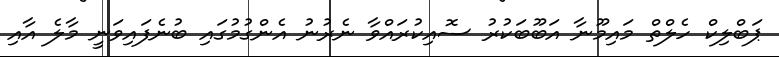
ޕަބްލިކް ހެލްތް މައިމޫނާ އަބޫބަކުރު ސޮއިކުރައްވާ ނެރުނު އެންގުމުގައި ބުނެފައިވަނީ މާލެ އާއި